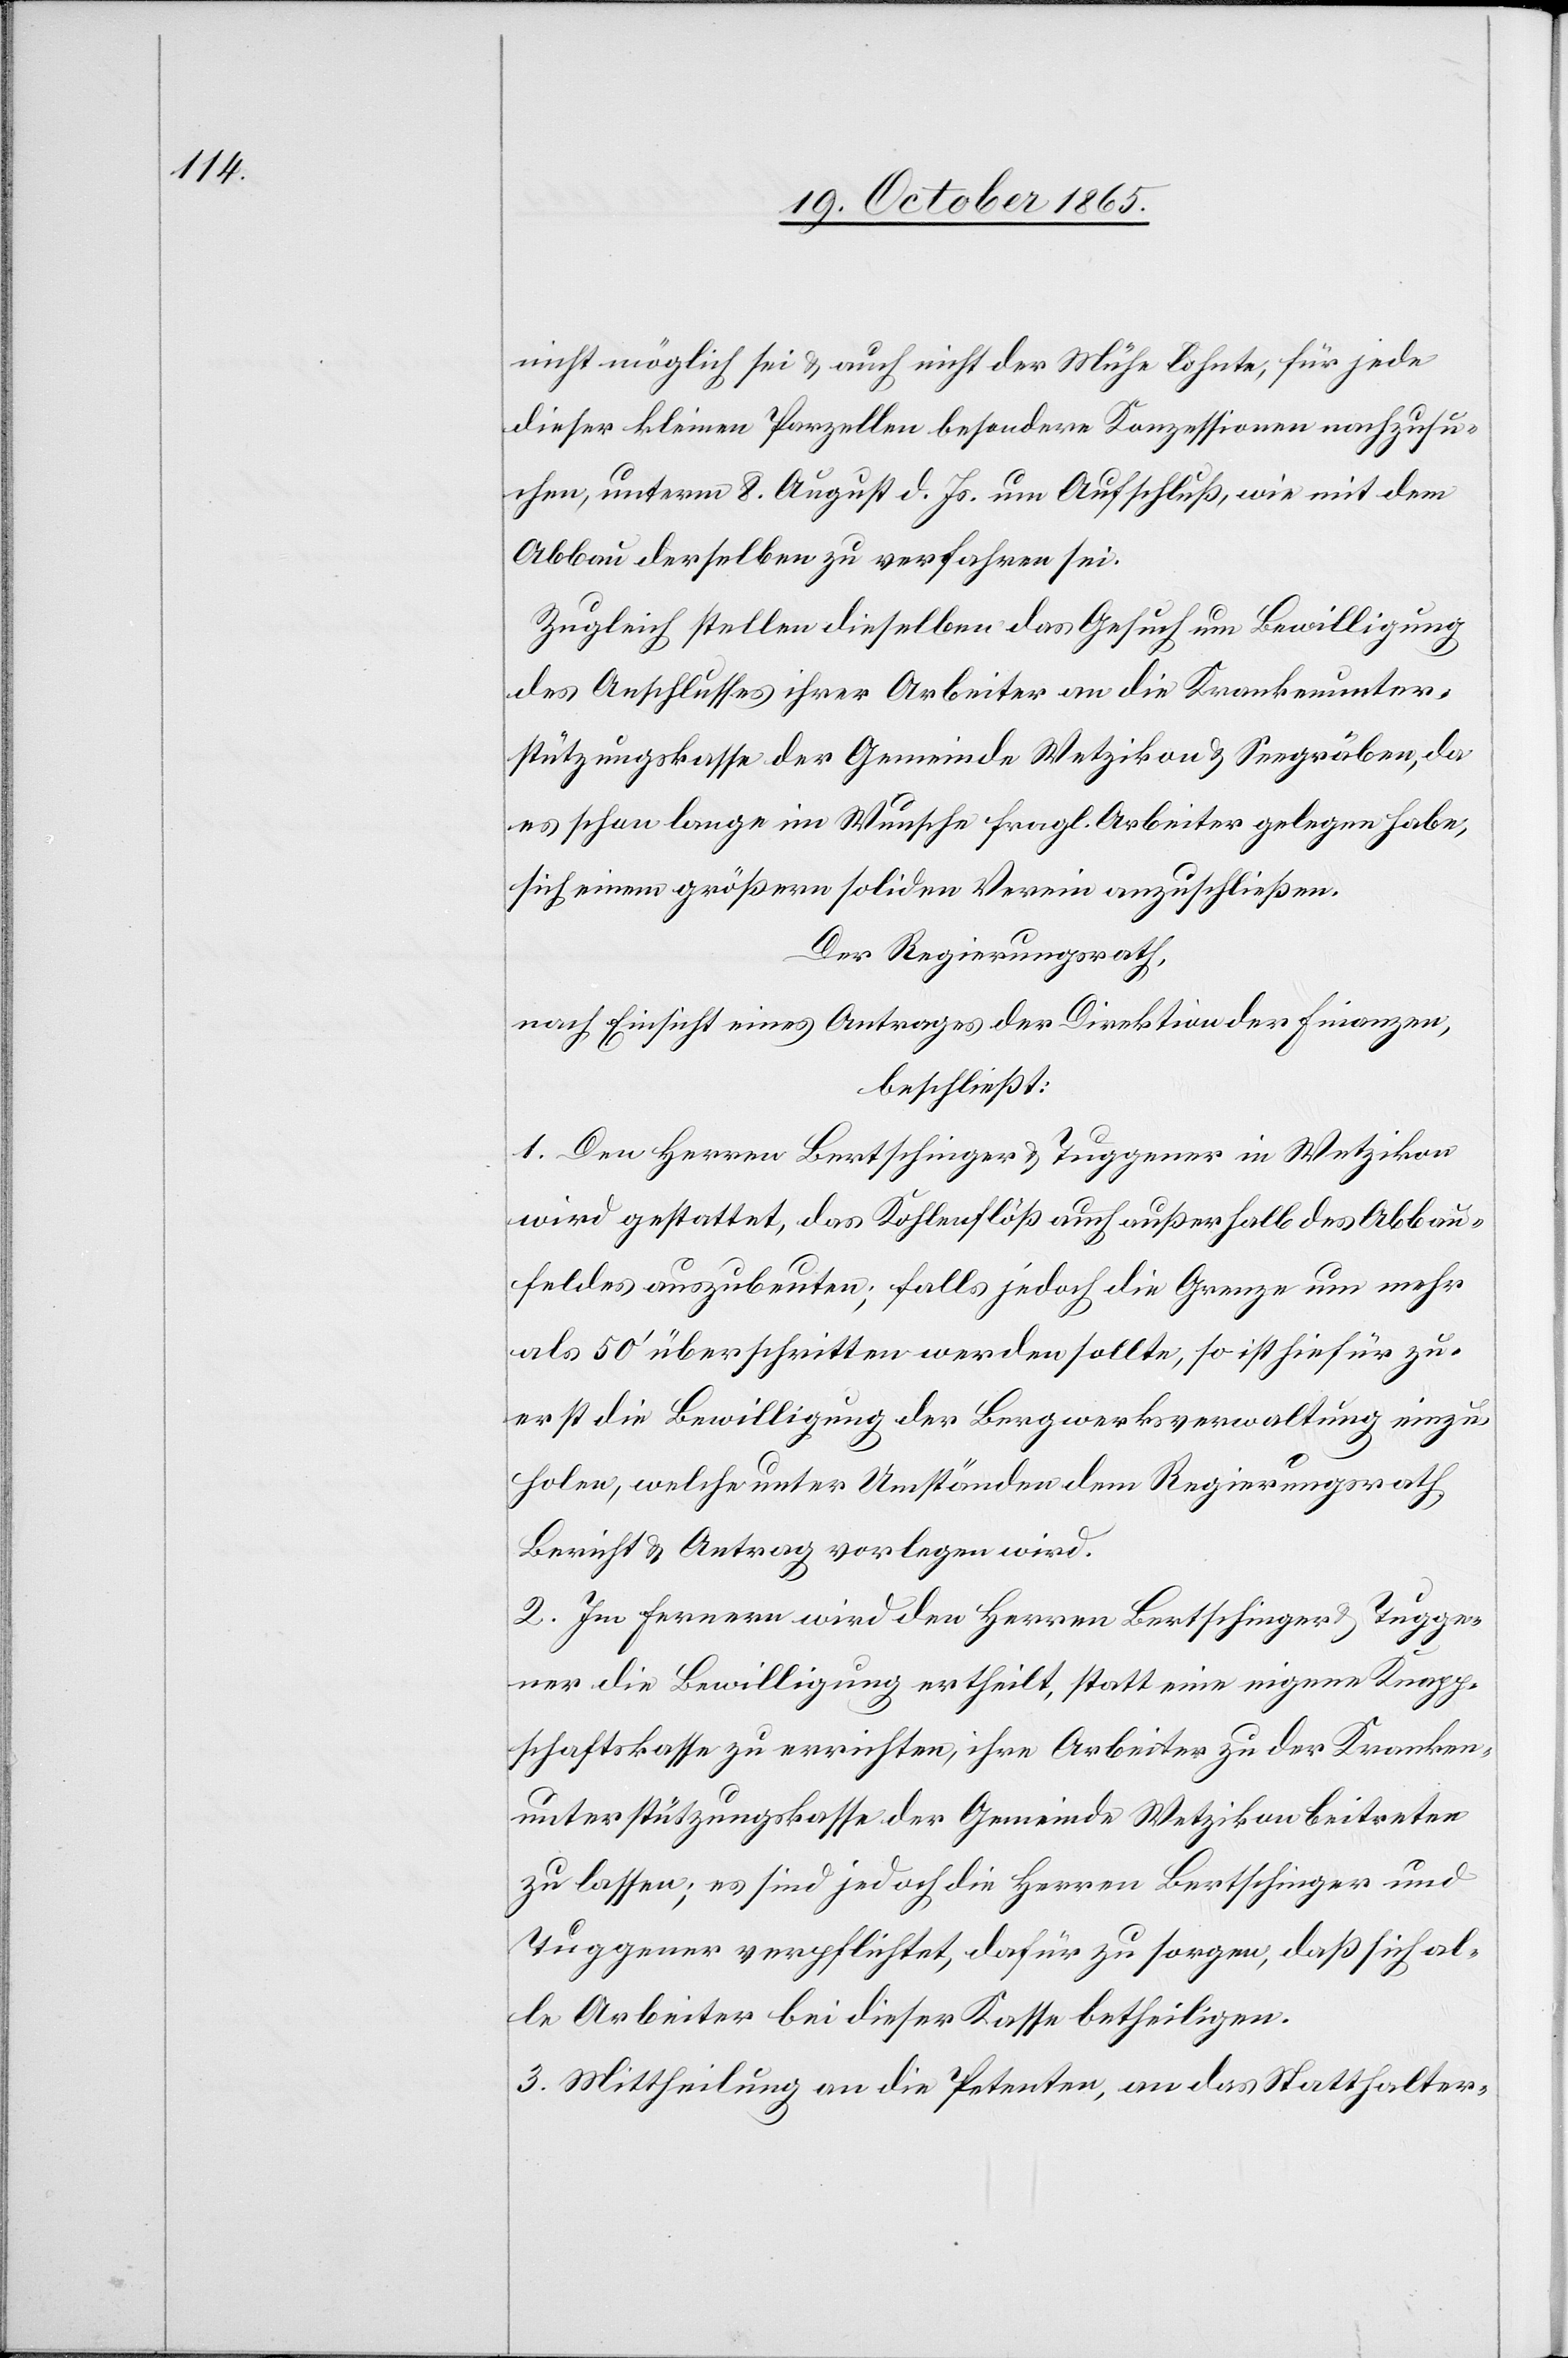
nicht möglich sei & auch nicht der Mühe lohnte, für jede
dieser kleinen Parzellen besondere Konzessionen nachzusu¬
chen, unterm 8. August d. Js. um Aufschluß, wie mit dem
Abbau derselben zu verfahren sei.
Zugleich stellen dieselben das Gesuch um Bewilligung
des Anschlusses ihrer Arbeiter an die Krankenunter¬
stützungskasse der Gemeinde Wetzikon & Seegräben, da
es schon lange im Wunsche fragl. Arbeiter gelegen habe,
sich einem größern soliden Verein anzuschließen.
Der Regierungsrath,
nach Einsicht eines Antrages der Direktion der Finanzen,
beschließt:
1. Den Herren Bertschinger & Tuggener in Wetzikon
wird gestattet, das Kohlenflöß auch außerhalb des Abbau¬
feldes auszubeuten; falls jedoch die Grenze um mehr
als 50’ überschritten werden sollte, so ist hiefür zu¬
erst die Bewilligung der Bergwerksverwaltung einzu¬
holen, welche unter Umständen dem Regierungsrath
Bericht & Antrag vorlegen wird.
2. Im Fernern wird den Herren Bertschinger & Tugge¬
ner die Bewilligung ertheilt, statt eine eigene Knapp¬
schaftskasse zu errichten, ihre Arbeiter zu der Kranken¬
unterstützungskasse der Gemeinde Wetzikon beitreten
zu lassen; es sind jedoch die Herren Bertschinger und
Tuggener verpflichtet, dafür zu sorgen, daß sich al¬
le Arbeiter bei dieser Kasse betheiligen.
3. Mittheilung an die Petenten, an das Statthalter-